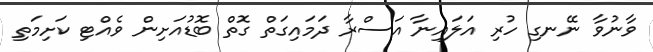
ވާނުވާ ނޭނގި ހުރި އަލައިނާ އަސްރާ ދަމައިގަތް ގޮތް ބޮޑުއަށިން ވެއްޓި ކަށިމަތި